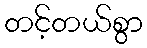
တင့်တယ်စွာ